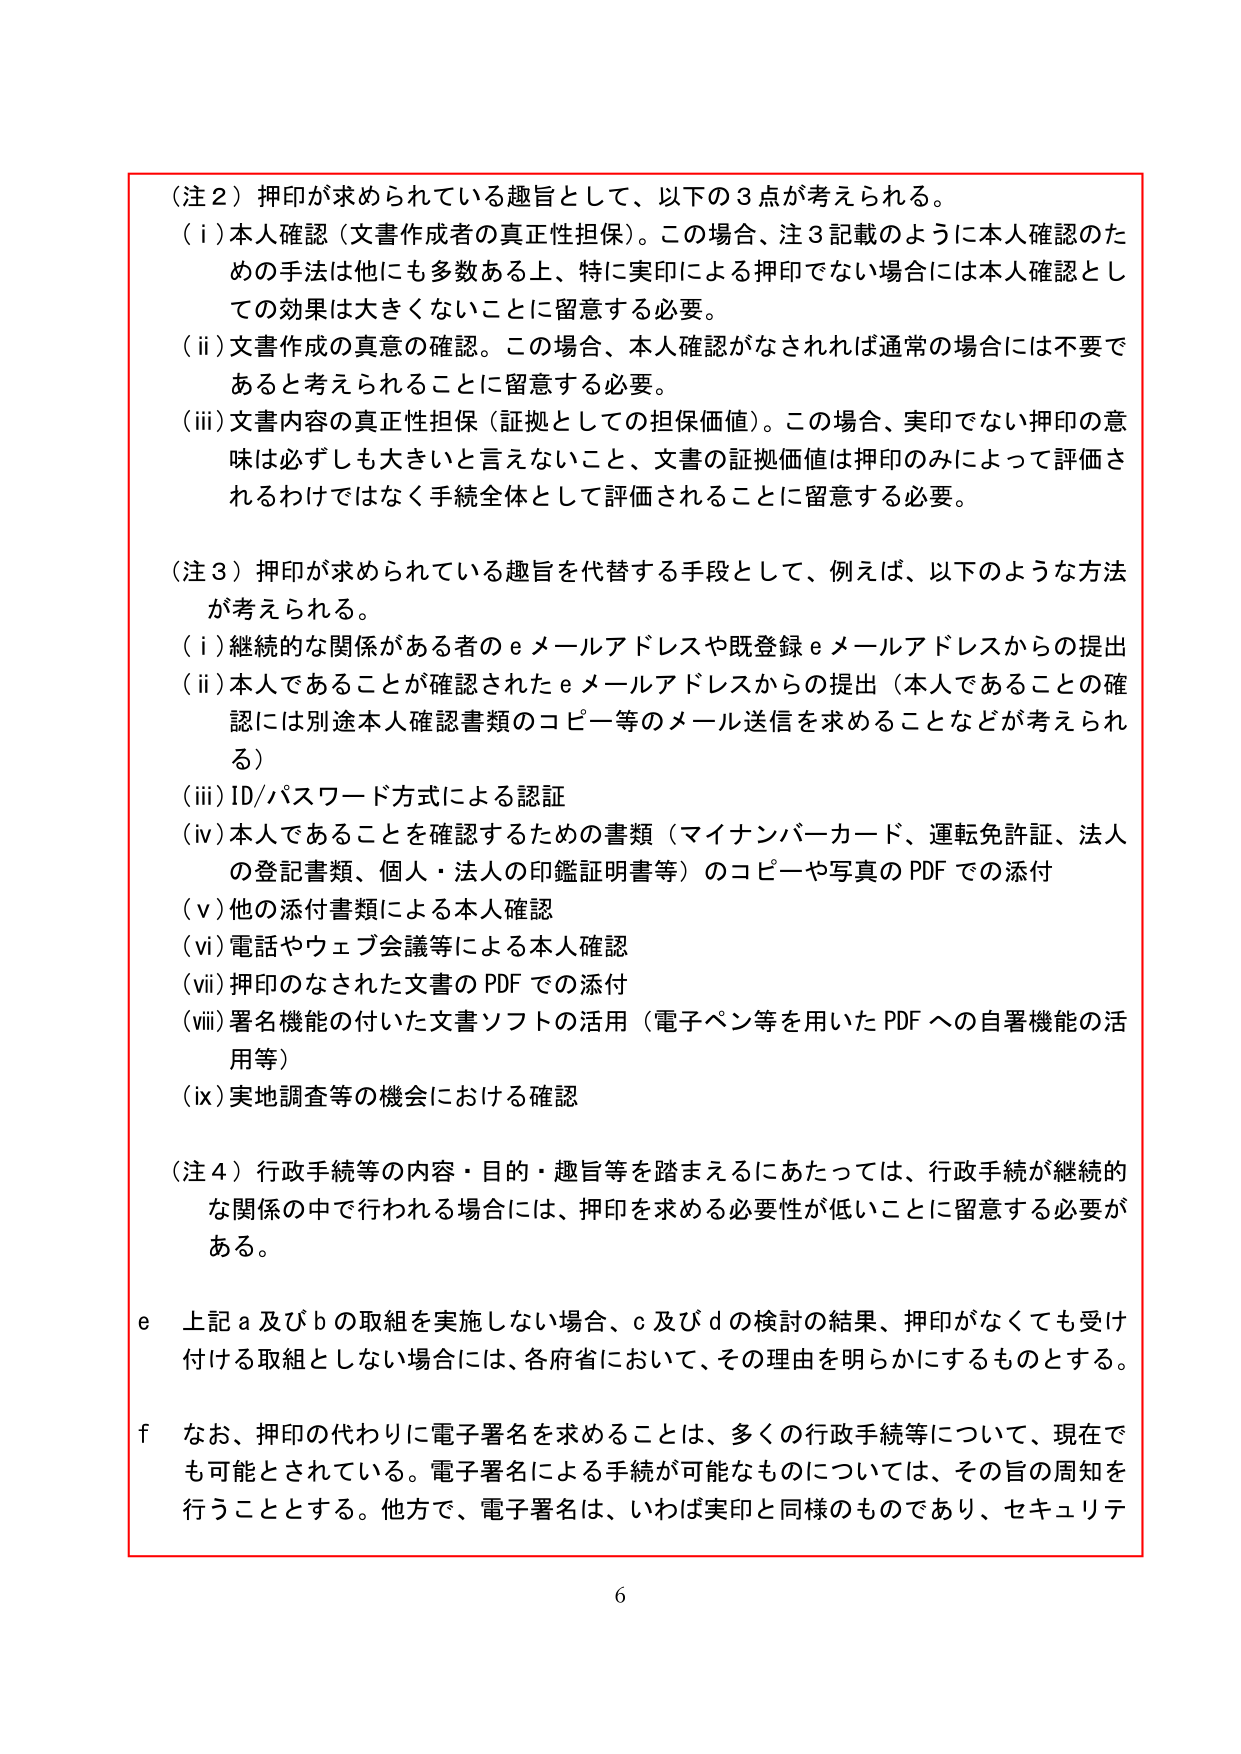
（注２）押印が求められている趣旨として、以下の３点が考えられる。
（ｉ）本人確認（文書作成者の真正性担保）。この場合、注３記載のように本人確認のための手法は他にも多数ある上、特に実印による押印でない場合には本人確認としての効果は大きくないことに留意する必要。
（ｉｉ）文書作成の真意の確認。この場合、本人確認がなされれば通常の場合には不要であると考えられることに留意する必要。
（ｉｉｉ）文書内容の真正性担保（証拠としての担保価値）。この場合、実印でない押印の意味は必ずしも大きいと言えないこと、文書の証拠価値は押印のみによって評価されるわけではなく手続全体として評価されることに留意する必要。

（注３）押印が求められている趣旨を代替する手段として、例えば、以下のような方法が考えられる。
（ｉ）継続的な関係がある者のｅメールアドレスや既登録ｅメールアドレスからの提出
（ｉｉ）本人であることが確認されたｅメールアドレスからの提出（本人であることの確認には別途本人確認書類のコピー等のメール送信を求めることが考えられる）
（ｉｉｉ）ＩＤ／パスワード方式による認証
（ｉｖ）本人であることを確認するための書類（マイナンバーカード、運転免許証、法人の登記書類、個人・法人の印鑑証明書等）のコピーや写真のＰＤＦでの添付
（ｖ）他の添付書類による本人確認
（ｖｉ）電話やウェブ会議等による本人確認
（ｖｉｉ）押印のなされた文書のＰＤＦでの添付
（ｖｉｉｉ）署名機能の付いた文書ソフトの活用（電子ペン等を用いたＰＤＦへの自署機能の活用等）
（ｉｘ）実地調査等の機会における確認

（注４）行政手続等の内容・目的・趣旨等を踏まえるにあたっては、行政手続が継続的な関係の中で行われる場合には、押印を求める必要性が低いことに留意する必要がある。

ｅ　上記ａ及びｂの取組を実施しない場合、ｃ及びｄの検討の結果、押印がなくても受け付ける取組としない場合には、各府省において、その理由を明らかにするものとする。

ｆ　なお、押印の代わりに電子署名を求めることは、多くの行政手続等について、現在でも可能とされている。電子署名による手続が可能なものについては、その旨の周知を行うこととする。他方で、電子署名は、いわば実印と同様のものであり、セキュリテ

６